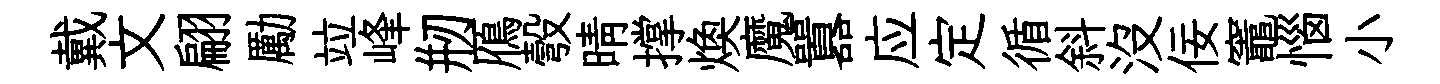
戴文翩勵竝峰剏鴈彀晴撑焕魔囂应定循斜没佞竈惱小